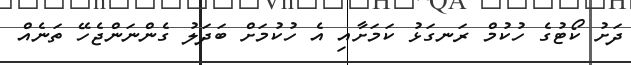
ދަށު ކޯޓުގެ ހުކުމް ރަނގަޅު ކަމަށާއި އެ ހުކުމަށް ބަދަލު ގެންނަންޖެހޭ ތަނެއް